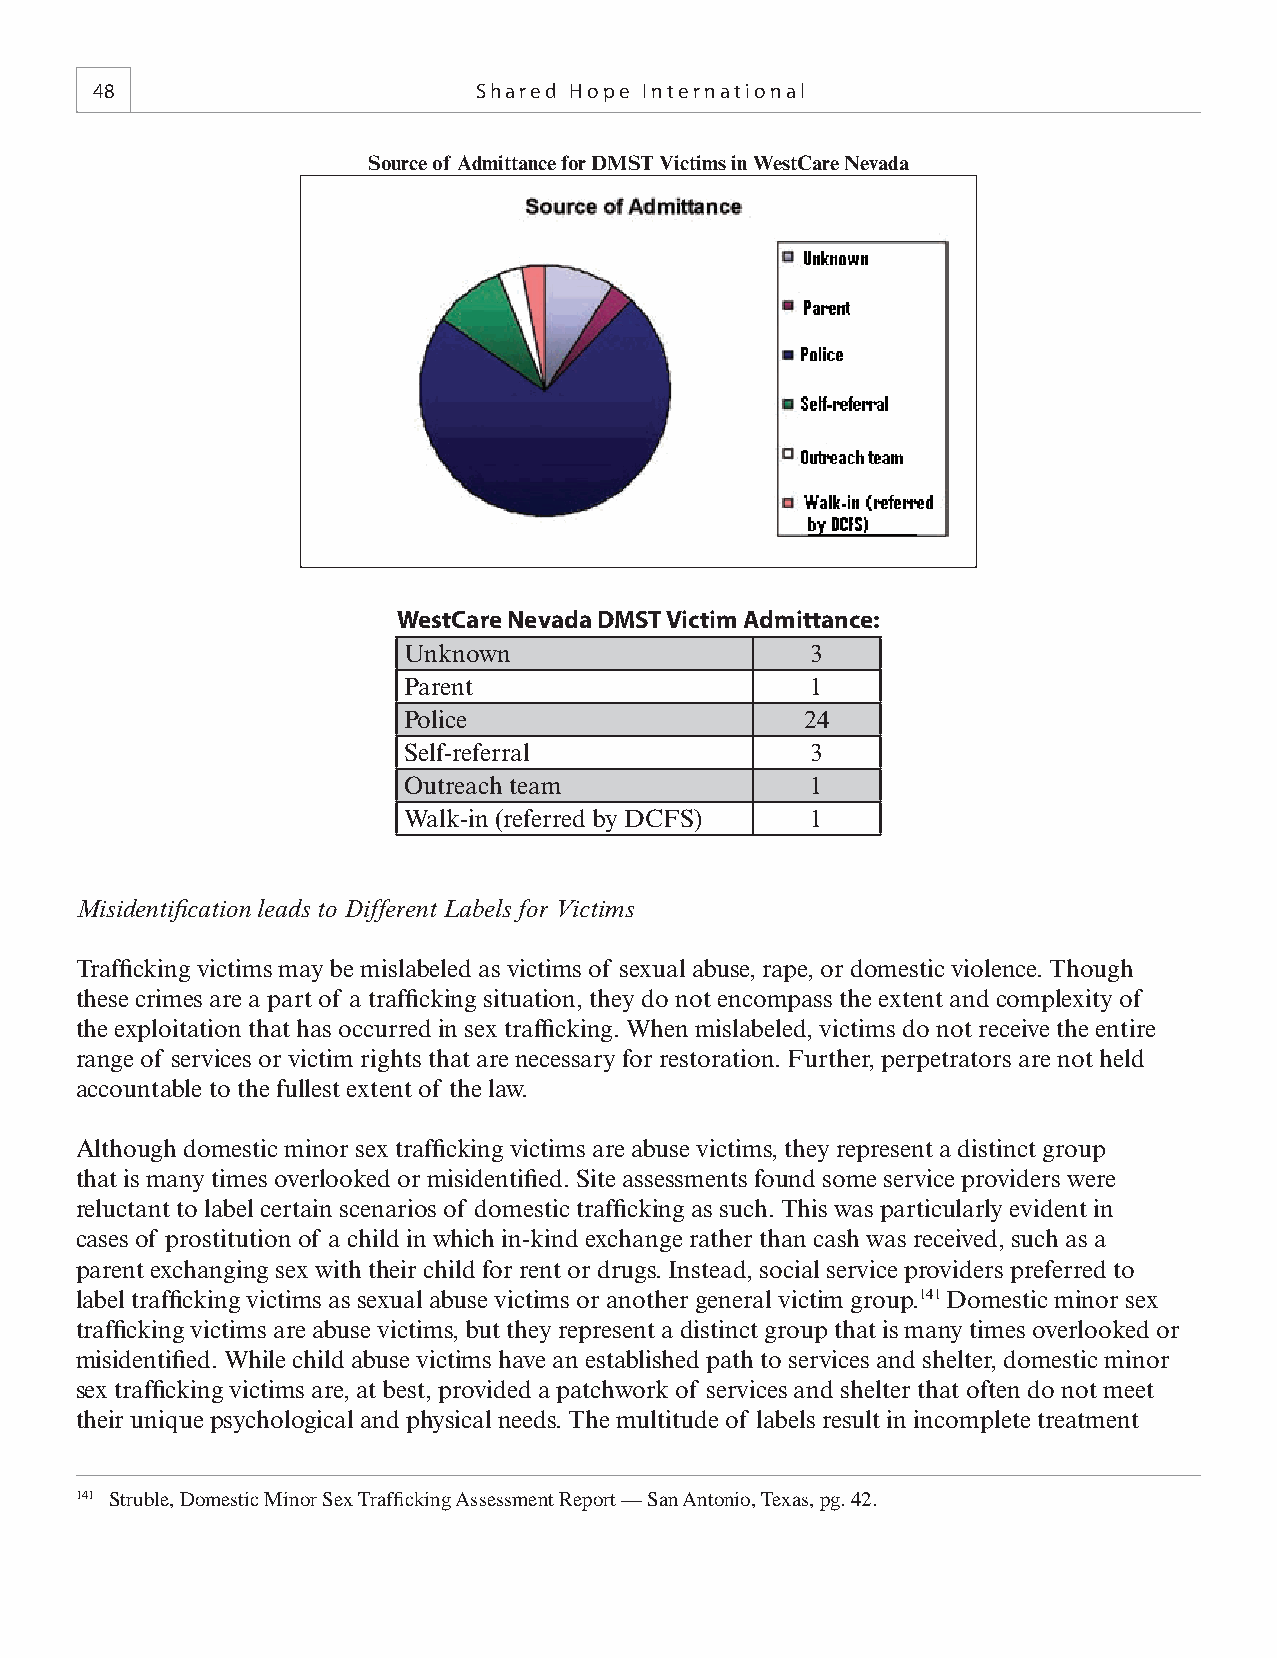
48                       Shared Hope International
 Source of Admittance for DMST Victims in WestCare Nevada
 WestCare Nevada DMST Victim Admittance:
 Unknown                    3
 Parent                     1
 Police                    24
 Self-referral              3
 Outreach team              1
 Walk-in (referred by DCFS) 1
 Misidentifi cation leads to Different Labels for Victims
 Traffi cking victims may be mislabeled as victims of sexual abuse, rape, or domestic violence. Though
 these crimes are a part of a traffi cking situation, they do not encompass the extent and complexity of
 the exploitation that has occurred in sex traffi cking. When mislabeled, victims do not receive the entire
 range of services or victim rights that are necessary for restoration. Further, perpetrators are not held
 accountable to the fullest extent of the law.
 Although domestic minor sex traffi cking victims are abuse victims, they represent a distinct group
 that is many times overlooked or misidentifi ed. Site assessments found some service providers were
 reluctant to label certain scenarios of domestic traffi cking as such. This was particularly evident in
 cases of prostitution of a child in which in-kind exchange rather than cash was received, such as a
 parent exchanging sex with their child for rent or drugs. Instead, social service providers preferred to
 label traffi cking victims as sexual abuse victims or another general victim group.141 Domestic minor sex
 traffi cking victims are abuse victims, but they represent a distinct group that is many times overlooked or
 misidentifi ed. While child abuse victims have an established path to services and shelter, domestic minor
 sex traffi cking victims are, at best, provided a patchwork of services and shelter that often do not meet
 their unique psychological and physical needs. The multitude of labels result in incomplete treatment
 141 Struble, Domestic Minor Sex Traffi cking Assessment Report — San Antonio, Texas, pg. 42.